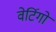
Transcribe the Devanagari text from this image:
वेर्टिगो